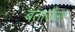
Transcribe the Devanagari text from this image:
बताऊँगा